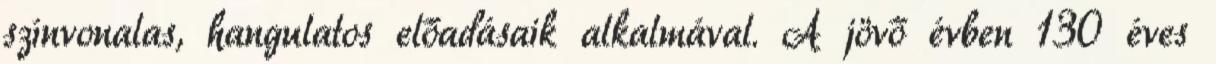
színvonalas, hangulatos előadásaik alkalmával. A jövő évben 130 éves